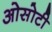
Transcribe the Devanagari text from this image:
ओसोटी